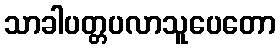
သာခါပတ္တပလာသူပေတော